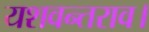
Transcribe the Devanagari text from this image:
यशवन्तराव।